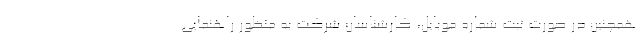
همچنین در صورت ثبت شماره موبایل، کارشناسان شرکت به منظور راهنمایی